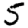
Digit: 5